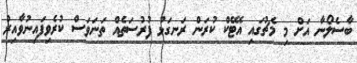
ބާސެލޯނާ އަށް މި މެޗުގައި އެޓޭކް ކުރަން ރަނގަޅު ފުރުސަތެއް ތަނަވަސް ކުރެވިފައިނުވާއިރު